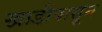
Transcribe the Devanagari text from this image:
खाडीपासून